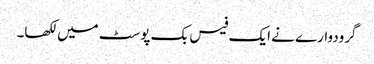
گرودوارے نے ایک فیس بک پوسٹ میں لکھا۔